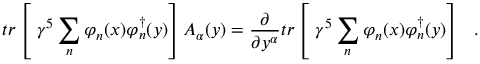
t r \left[ \ \gamma ^ { 5 } \sum _ { n } \varphi _ { n } ( x ) \varphi _ { n } ^ { \dag } ( y ) \right] { \cal A } _ { \alpha } ( y ) = \frac { \partial } { \partial y ^ { \alpha } } t r \left[ \ \gamma ^ { 5 } \sum _ { n } \varphi _ { n } ( x ) \varphi _ { n } ^ { \dag } ( y ) \right] \ \ .